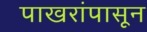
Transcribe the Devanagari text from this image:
पाखरांपासून